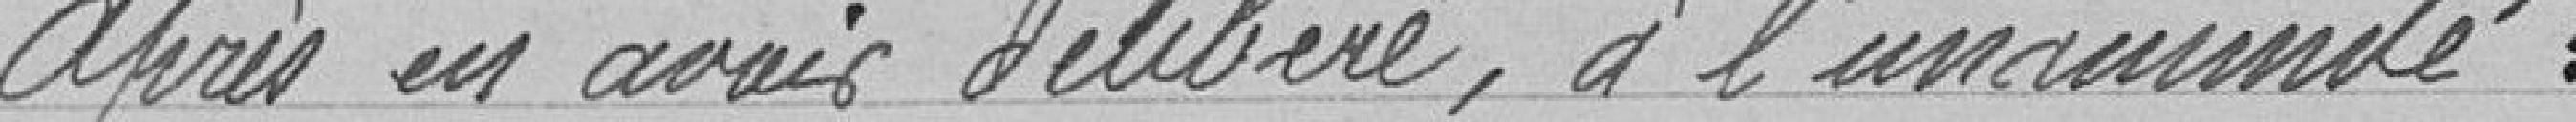
Après en avoir délibéré, à l'unanimité :